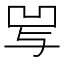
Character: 𰄒